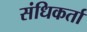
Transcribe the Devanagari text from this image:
संधिकर्ता